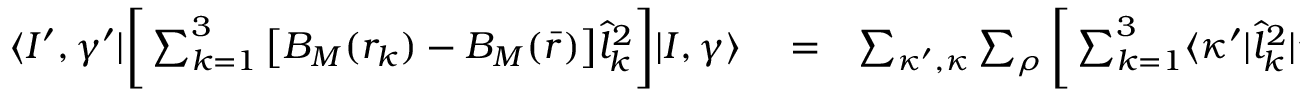
\begin{array} { r l r } { \langle I ^ { \prime } , \gamma ^ { \prime } | \bigg [ \sum _ { k = 1 } ^ { 3 } \big [ B _ { M } ( r _ { k } ) - B _ { M } ( \bar { r } ) \big ] \hat { l } _ { k } ^ { 2 } \bigg ] | I , \gamma \rangle } & { { } = } & { \sum _ { \kappa ^ { \prime } , \kappa } \sum _ { \rho } \bigg [ \sum _ { k = 1 } ^ { 3 } \langle \kappa ^ { \prime } | \hat { l } _ { k } ^ { 2 } | \kappa \rangle \langle \gamma ^ { \prime } | \Delta B ( k ) | \gamma \rangle \bigg ] } \end{array}